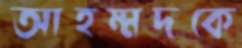
আহম্মদকে